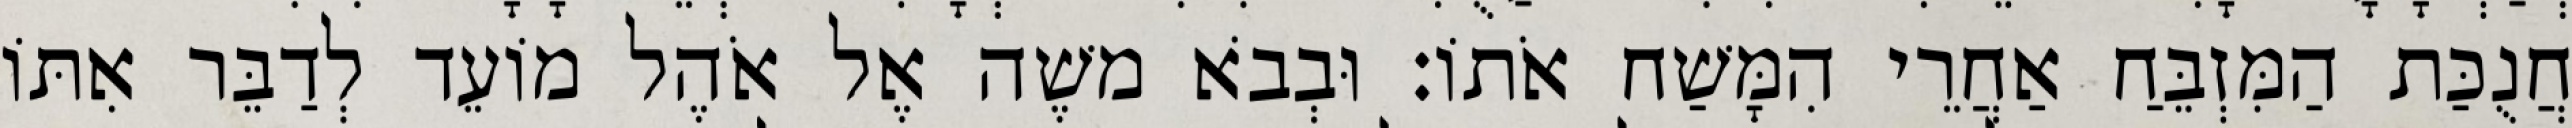
חֲנֻכַּת הַמִּזְבֵּחַ אַחֲרֵי הִמָּשַׁח אֹתוֹ׃ וּבְבֹא משֶׁה אֶל אֹהֶל מוֹעֵד לְדַבֵּר אִתּוֹ